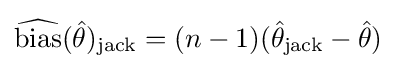
{\widehat {\text{bias}}}({\hat {\theta }})_{\mathrm {jack} }=(n-1)({\hat {\theta }}_{\mathrm {jack} }-{\hat {\theta }})